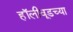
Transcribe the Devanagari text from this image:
हॉलीवूडच्या